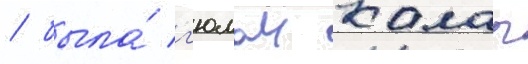
/ была́ г'юлаи калап